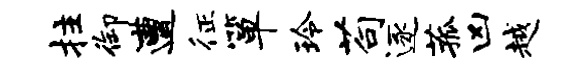
拄御遭征箪玲苟逐菰凶越